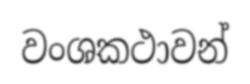
වංශකථාවන්